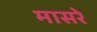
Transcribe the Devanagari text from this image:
मासरे